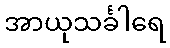
အာယုသင်္ခါရေ